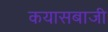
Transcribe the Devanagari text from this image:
कयासबाजी